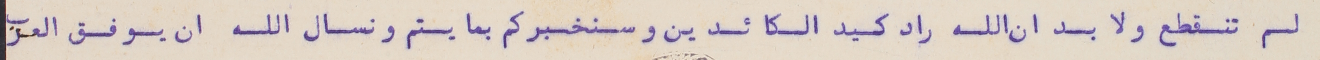
لم تنقطع ولا بد ان الله راد كيد الكائدين وسنخبركم بما يتم ونسال الله ان يوفق العرب